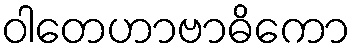
ဝါတေဟာဗာဓိကော